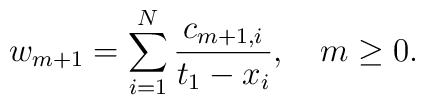
w_{m+1}=\sum_{i=1}^N{c_{m+1,i}\over t_1-x_i},\quad m\ge0.